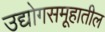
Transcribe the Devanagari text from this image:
उद्योगसमूहातील